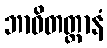
ဘာဝိတတ္တာနံ